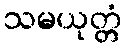
သမယုတ္တံ